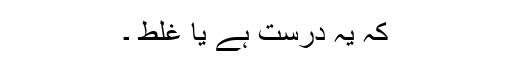
کہ یہ درست ہے یا غلط ۔